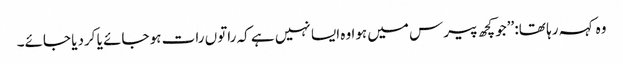
وہ کہہ رہا تھا: ’’جو کچھ پیرس میں ہوا وہ ایسا نہیں ہے کہ راتوں رات ہو جائے یا کردیا جائے۔